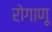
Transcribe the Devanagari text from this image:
रोगाणू